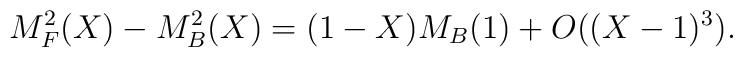
M^2_F(X) - M^2_B(X)= (1-X) M_B(1)+O((X-1)^3).